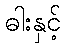
ဓါးနှင့်